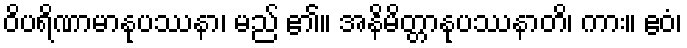
ဝိပရိဏာမာနုပဿနာ၊ မည် ၏။ အနိမိတ္တာနုပဿနာတိ၊ ကား။ ဧဝံ၊